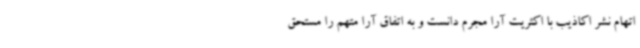
اتهام نشر اکاذیب با اکثریت آرا مجرم دانست و به اتفاق آرا متهم را مستحق